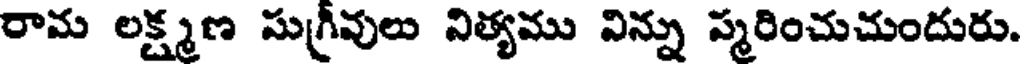
రామ లక్ష్మణ సుగ్రీవులు నిత్యము నిన్ను స్మరించుచుందురు.